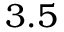
3 . 5